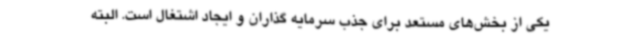
یکی از بخش‌های مستعد برای جذب سرمایه گذاران و ایجاد اشتغال است. البته